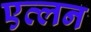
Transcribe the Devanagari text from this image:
एव्लन